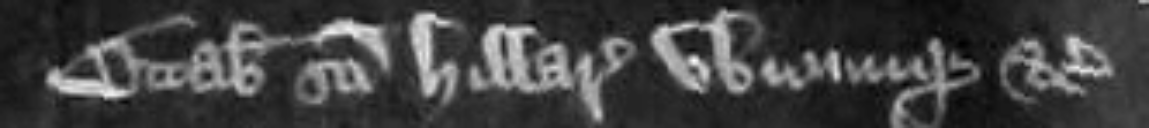
Octabis Sancti Hillarii ubicumque etc